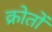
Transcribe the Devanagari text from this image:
क्रोतों